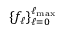
\{ f _ { \ell } \} _ { \ell = 0 } ^ { \ell _ { \mathrm { m a x } } }